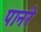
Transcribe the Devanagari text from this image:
पानरे